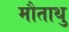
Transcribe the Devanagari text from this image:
मौताथु